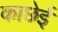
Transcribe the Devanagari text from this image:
काछेई